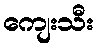
ကျေးသီး